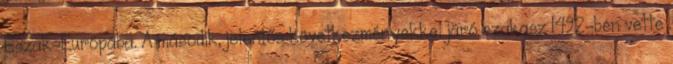
Észak-Európába. A második, jelentős következményekkel járó szakasz 1492-ben vette